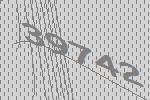
39742